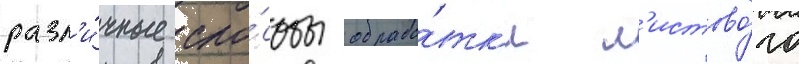
разл'и́чные спо́собы обрабо́тк'и л'истово́го